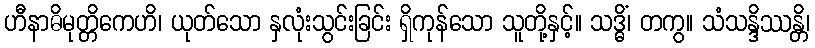
ဟီနာဓိမုတ္တိကေဟိ၊ ယုတ်သော နှလုံးသွင်းခြင်း ရှိကုန်သော သူတို့နှင့်။ သဒ္ဓိံ၊ တကွ။ သံသန္ဒိဿန္တိ၊